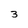
Character: 3